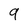
Character: 9